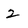
Character: 2